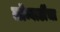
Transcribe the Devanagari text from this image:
लॉम्बार्डीचा